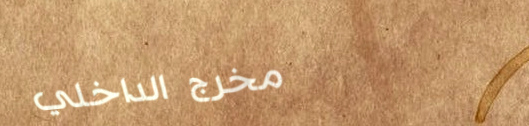
مخرج الداخلي